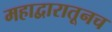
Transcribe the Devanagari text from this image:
महाद्वारातूनच